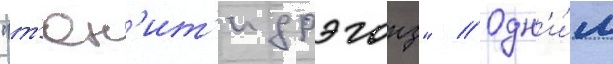
"т'юн'ит'и дрэгонз" // Одн'и́м